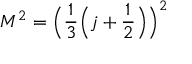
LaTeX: M ^ { 2 } = { \Big ( } { \frac { 1 } { 3 } } { \Big ( } j + { \frac { 1 } { 2 } } { \Big ) } { \Big ) } ^ { 2 }